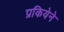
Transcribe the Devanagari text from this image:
प्रकियेने